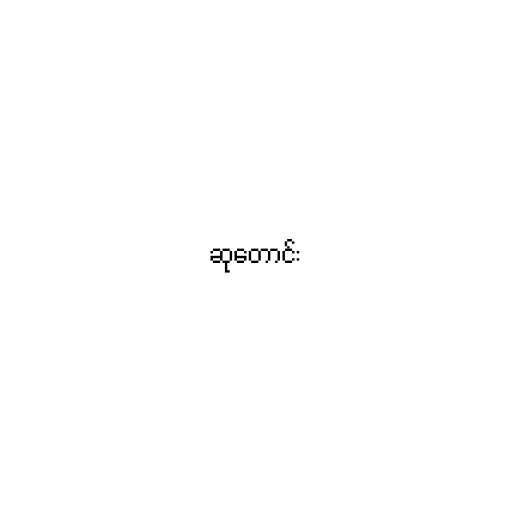
ဆုတောင်း